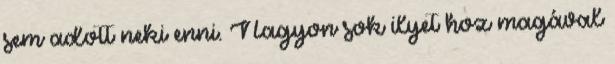
sem adott neki enni. Nagyon sok ilyet hoz magával